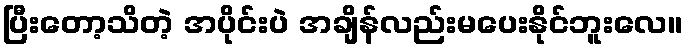
ပြီးတော့သိတဲ့ အပိုင်းပဲ အချိန်လည်းမပေးနိုင်ဘူးလေ။